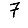
Digit: 7